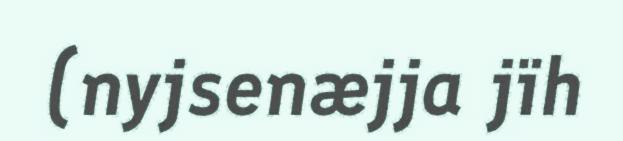
(nyjsenæjja jïh